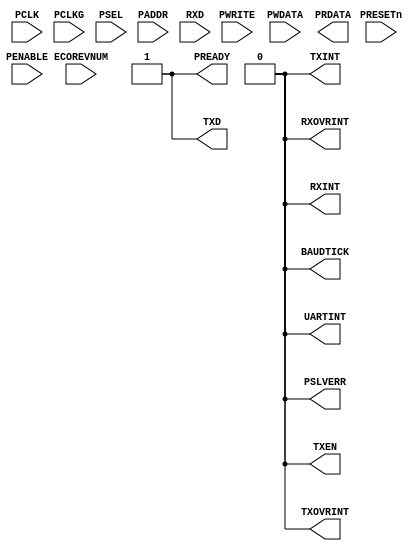
//------------------------------------------------------------------------------
// The confidential and proprietary information contained in this file may
// only be used by a person authorised under and to the extent permitted
// by a subsisting licensing agreement from ARM Limited.
//
//            (C) COPYRIGHT 2010-2015  ARM Limited or its affiliates.
//                ALL RIGHTS RESERVED
//
// This entire notice must be reproduced on all copies of this file
// and copies of this file may only be made by a person if such person is
// permitted to do so under the terms of a subsisting license agreement
// from ARM Limited.
//
//  Version and Release Control Information:
//
//  File Revision       : $Revision: 275084 $
//  File Date           : $Date: 2014-03-27 15:09:11 +0000 (Thu, 27 Mar 2014) $
//
//  Release Information : Cortex-M0 DesignStart-r1p0-00rel0
//------------------------------------------------------------------------------
// Verilog-2001 (IEEE Std 1364-2001)
//------------------------------------------------------------------------------
//
//------------------------------------------------------------------------------
// Abstract : Simple APB UART
//------------------------------------------------------------------------------
// Programmer's model
// 0x00 R     RXD[7:0]    Received Data
//      W     TXD[7:0]    Transmit data
// 0x04 RW    STAT[3:0]
//              [3] RX buffer overrun (write 1 to clear)
//              [2] TX buffer overrun (write 1 to clear)
//              [1] RX buffer full (Read only)
//              [0] TX buffer full (Read only)
// 0x08 RW    CTRL[3:0]   TxIntEn, RxIntEn, TxEn, RxEn
//              [6] High speed test mode Enable
//              [5] RX overrun interrupt enable
//              [4] TX overrun interrupt enable
//              [3] RX Interrupt Enable
//              [2] TX Interrupt Enable
//              [1] RX Enable
//              [0] TX Enable
// 0x0C R/Wc  intr_status/INTCLEAR
//              [3] RX overrun interrupt
//              [2] TX overrun interrupt
//              [1] RX interrupt
//              [0] TX interrupt
// 0x10 RW    BAUDDIV[19:0] Baud divider
//            (minimum value is 16)
// 0x3E0 - 0x3FC  ID registers
//-------------------------------------

module cmsdk_apb_uart (
// --------------------------------------------------------------------------
// Port Definitions
// --------------------------------------------------------------------------
  input  wire        PCLK,     // Clock
  input  wire        PCLKG,    // Gated Clock
  input  wire        PRESETn,  // Reset

  input  wire        PSEL,     // Device select
  input  wire [11:2] PADDR,    // Address
  input  wire        PENABLE,  // Transfer control
  input  wire        PWRITE,   // Write control
  input  wire [31:0] PWDATA,   // Write data

  input  wire [3:0]  ECOREVNUM,// Engineering-change-order revision bits

  output wire [31:0] PRDATA,   // Read data
  output wire        PREADY,   // Device ready
  output wire        PSLVERR,  // Device error response

  input  wire        RXD,      // Serial input
  output wire        TXD,      // Transmit data output
  output wire        TXEN,     // Transmit enabled
  output wire        BAUDTICK, // Baud rate (x16) Tick

  output wire        TXINT,    // Transmit Interrupt
  output wire        RXINT,    // Receive Interrupt
  output wire        TXOVRINT, // Transmit overrun Interrupt
  output wire        RXOVRINT, // Receive overrun Interrupt
  output wire        UARTINT); // Combined interrupt

  //Remove This Code
  assign PREADY = 1'b1;
  assign PSLVERR = 1'b0;
  assign TXEN = 1'b0;
  assign BAUDTICK = 1'b0;
  assign TXINT = 1'b0;
  assign RXINT = 1'b0;
  assign TXOVRINT = 1'b0;
  assign RXOVRINT = 1'b0;
  assign UARTINT = 1'b0;
  
endmodule